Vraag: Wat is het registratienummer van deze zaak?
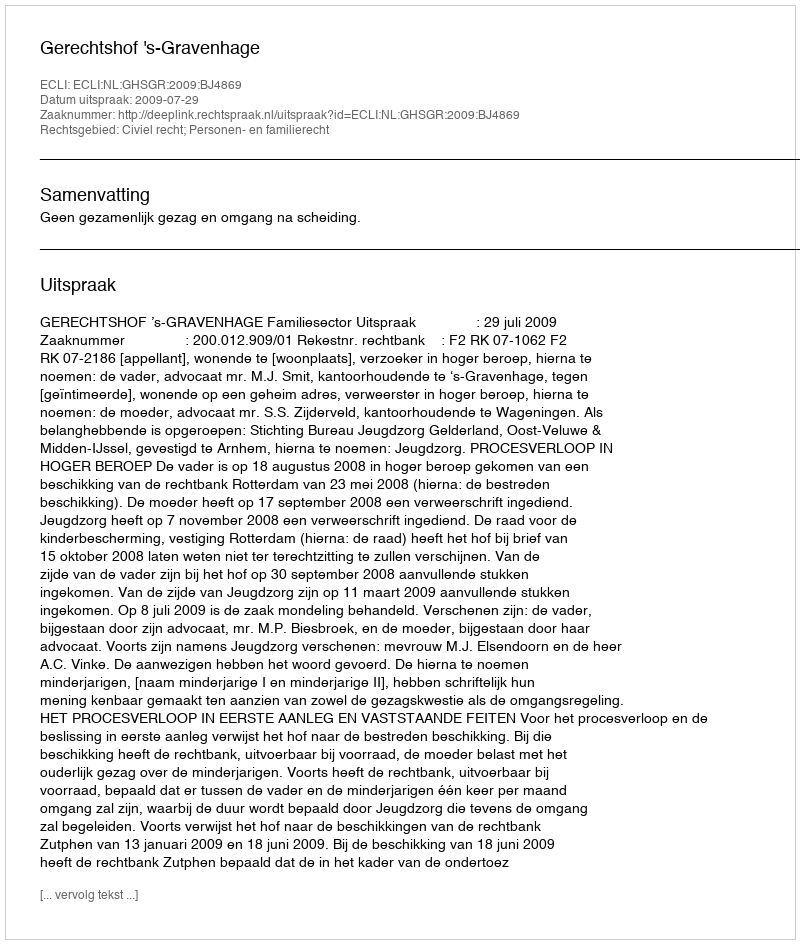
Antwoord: http://deeplink.rechtspraak.nl/uitspraak?id=ECLI:NL:GHSGR:2009:BJ4869